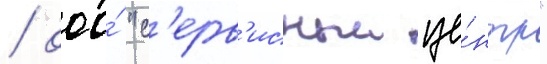
/ ооо́ "с'ерв'исныи це́нтр"